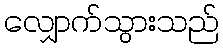
လျှောက်သွားသည်